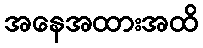
အနေအထားအထိ